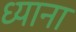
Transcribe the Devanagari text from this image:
ध्याना